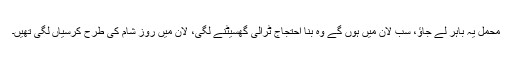
محمل یہ باہر لے جاؤ، سب لان میں ہوں گے وہ بنا احتجاج ٹرالی گھسیٹنے لگی، لان میں روز شام کی طرح کرسیاں لگی تھیں۔